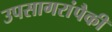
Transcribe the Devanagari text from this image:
उपसागरांपैकी